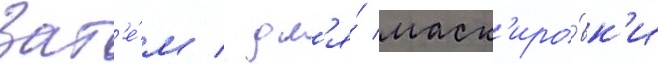
Зат'е́м / дл'я́ маск'иро́вк'и